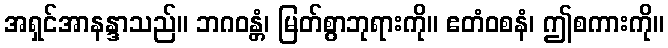
အရှင်အာနန္ဒာသည်။ ဘဂဝန္တံ၊ မြတ်စွာဘုရားကို။ ဧတံဝစနံ၊ ဤစကားကို။